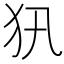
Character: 𤜢